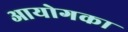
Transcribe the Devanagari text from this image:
आयोगका